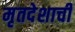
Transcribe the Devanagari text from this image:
मृतदेशाची